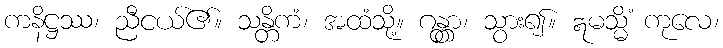
ကနိဋ္ဌဿ၊ ညီငယ်၏။ သန္တိကံ၊ အထံသို့။ ဂန္တွာ၊ သွား၍။ ဣမသ္မိံ ကုလေ၊